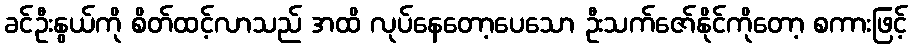
ခင်ဦးနွယ်ကို စိတ်ထင့်လာသည် အထိ လုပ်နေတော့ပေသော ဦးသက်ဇော်နိုင်ကိုတော့ စကားဖြင့်